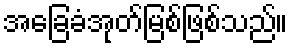
အခြေခံအုတ်မြစ်ဖြစ်သည်။